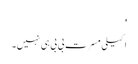
'
اکیلی مسرت بی بی ہی نہیں۔